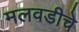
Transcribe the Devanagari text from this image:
मलवडीचे